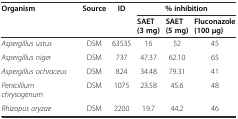
| <ROWSPAN=2> Organism | <ROWSPAN=2> Source | <ROWSPAN=2> ID | <COLSPAN=3> % inhibition |
 | SAET (3 mg) | SAET (5 mg) | Fluconazole (100 μg) |
 | --- | --- | --- | --- | --- | --- |
 | Aspergillus ustus | DSM | 63535 | 16 | 52 | 45 |
 | Aspergillus niger | DSM | 737 | 47.37 | 62.10 | 65 |
 | Aspergillus ochraceus | DSM | 824 | 34.48 | 79.31 | 41 |
 | Penicillium chrysogenum | DSM | 1075 | 23.58 | 45.6 | 48 |
 | Rhizopus oryzae | DSM | 2200 | 19.7 | 44.2 | 46 |